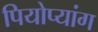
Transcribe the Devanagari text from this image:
पियोप्यांग